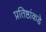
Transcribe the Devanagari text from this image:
प्रतिष्ठांकडे